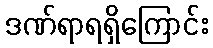
ဒဏ်ရာရရှိကြောင်း